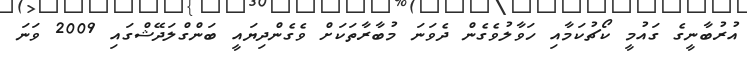
އުރުބާނީގެ ގައުމީ ކޯޗުކަމާއި ހަވާލުވެގެން ދެވަނަ މުބާރާތަކަށް ވެގެންދިޔައީ ބަންގްލަދޭޝްގައި 2009 ވަނަ